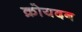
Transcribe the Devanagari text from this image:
क्रोयदन